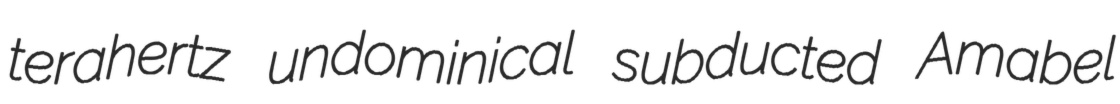
terahertz undominical subducted Amabel